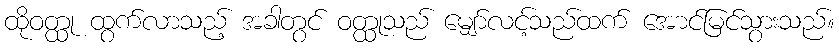
ထိုဝတ္ထု ထွက်လာသည့် အခါတွင် ဝတ္ထုသည် မျှော်လင့်သည်ထက် အောင်မြင်သွားသည်။